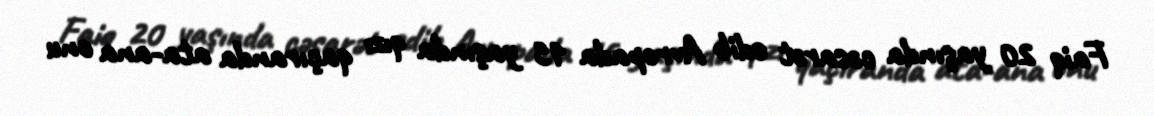
Faiq 20 yaşında cəsarət edib Avropada 15 yaşında qızı qaçıranda ata-ana onu